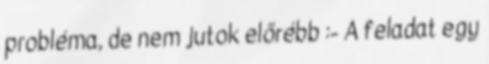
probléma, de nem jutok előrébb :- A feladat egy